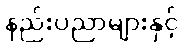
နည်းပညာများနှင့်